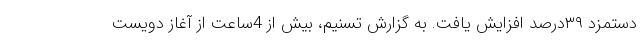
دستمزد ۳۹درصد افزایش یافت. به گزارش تسنیم، بیش از 4ساعت از آغاز دویست